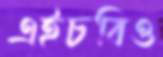
এইচবিও